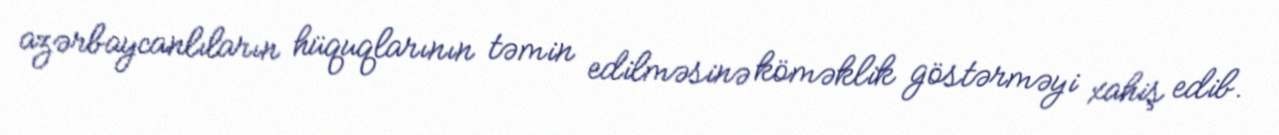
azərbaycanlıların hüquqlarının təmin edilməsinə köməklik göstərməyi xahiş edib.